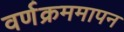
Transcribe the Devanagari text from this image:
वर्णक्रममापन